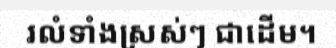
រលំទាំងស្រស់ៗ ជាដើម។